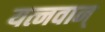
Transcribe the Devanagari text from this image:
यत्नवान्